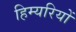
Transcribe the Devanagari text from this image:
हिम्यरियों